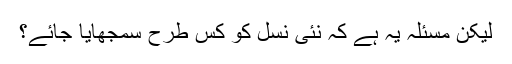
لیکن مسئلہ یہ ہے کہ نئی نسل کو کس طرح سمجھایا جائے؟